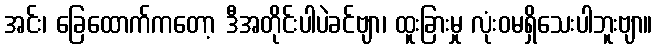
အင်း၊ ခြေထောက်ကတော့ ဒီအတိုင်းပါပဲခင်ဗျာ၊ ထူးခြားမှု လုံးဝမရှိသေးပါဘူးဗျာ။